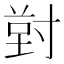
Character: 𭔸